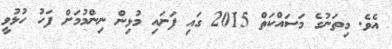
އެވެ. މިތަނުގެ މަސައްކަތް 2015 ގައި ފަށައި މުޅިން ނިންމުމަށް ފަހު ހުޅުވީ